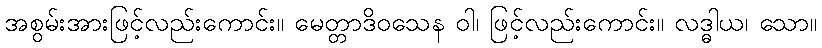
အစွမ်းအားဖြင့်လည်းကောင်း။ မေတ္တာဒိဝသေန ဝါ၊ ဖြင့်လည်းကောင်း။ လဒ္ဓါယ၊ သော။